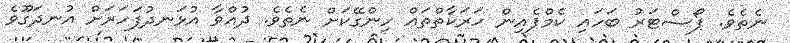
ނެތެވެ. ޕޯސްޓަރު ބަހައި ކެމްޕެއިން ހަރަކާތްތައް ހިންގޭކަށް ނެތެވެ. ދުއްވާ އުޅަނދުފަހަރަށް އުނދަގޫވެ